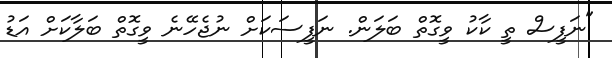
"ނަފީސް ތީ ކާކު ވީގޮތް ބަލަން. ނަފީސަކަށް ނުޖެހޭނެ ވީގޮތް ބަލާކަށް އަޑު